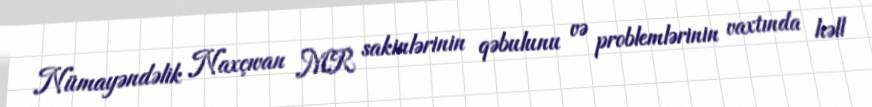
Nümayəndəlik Naxçıvan MR sakinlərinin qəbulunu və problemlərinin vaxtında həll